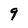
Character: 9